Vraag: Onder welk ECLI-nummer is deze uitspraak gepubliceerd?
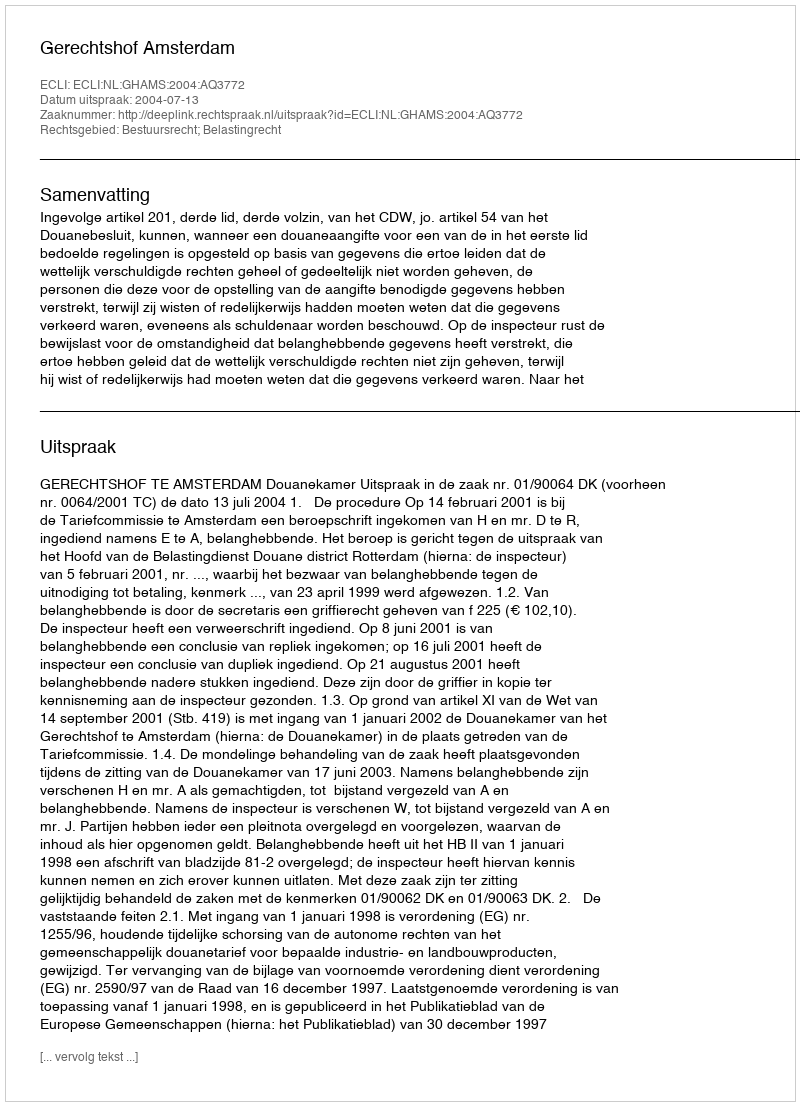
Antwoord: ECLI:NL:GHAMS:2004:AQ3772